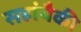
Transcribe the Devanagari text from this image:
सहांपैकी